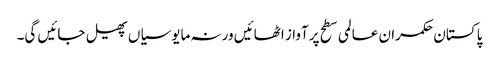
پا کستان حکمران عالمی سطح پرآواز اٹھائیں ورنہ مایوسیاں پھیل جائیں گی۔